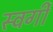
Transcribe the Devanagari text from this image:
स्वर्गीं